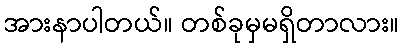
အားနာပါတယ်။ တစ်ခုမှမရှိတာလား။